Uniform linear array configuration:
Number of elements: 48
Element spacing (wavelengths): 0.25
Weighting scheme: blackman
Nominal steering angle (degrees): -30
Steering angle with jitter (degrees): -29.245
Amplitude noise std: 0.05
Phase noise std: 0.05

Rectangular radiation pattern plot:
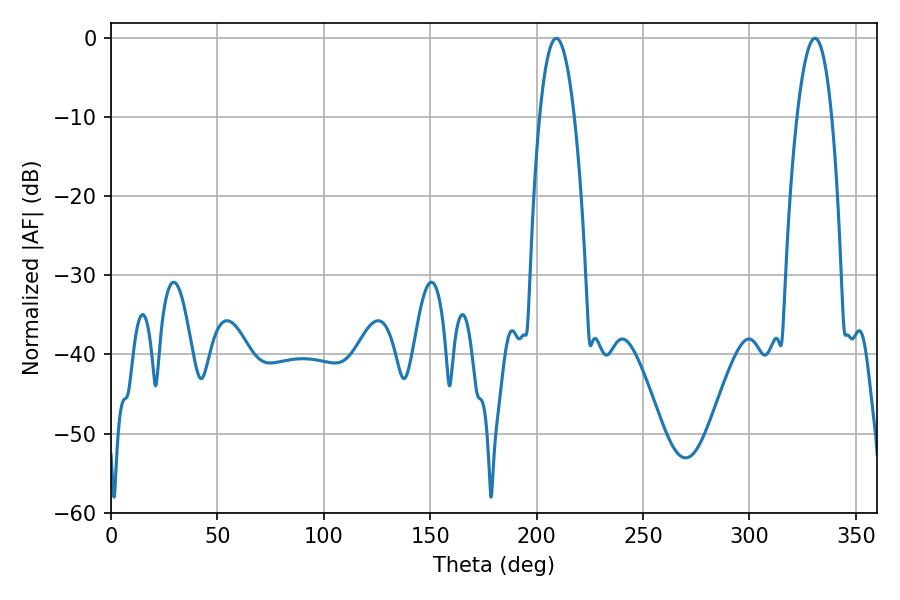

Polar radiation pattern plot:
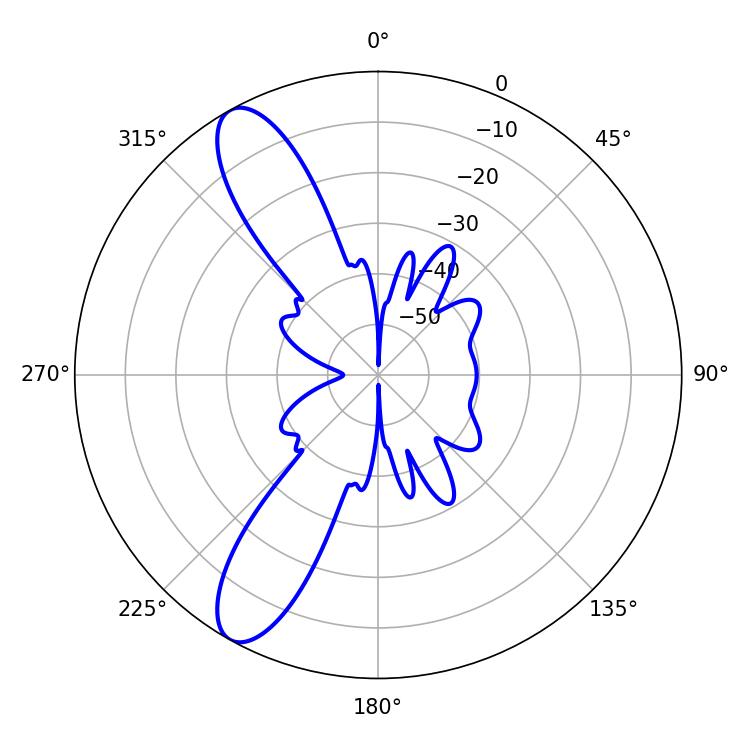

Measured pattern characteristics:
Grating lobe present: FALSE
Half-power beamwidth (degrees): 9
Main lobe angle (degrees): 330.84